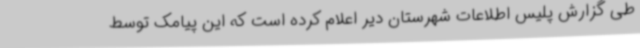
طی گزارش پلیس اطلاعات شهرستان دیر اعلام کرده است که این پیامک توسط